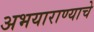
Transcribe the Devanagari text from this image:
अभयाराण्याचे